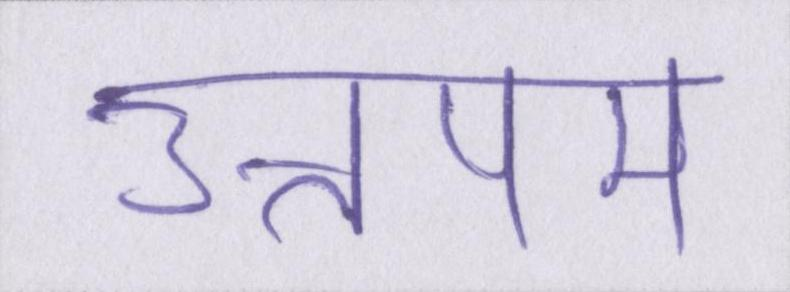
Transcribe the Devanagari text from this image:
उत्तपम